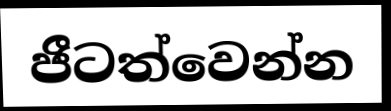
ජීටත්වෙන්න